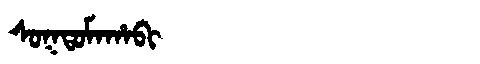
Manchu: ᠰᠣᡴᡨᠣᠮᠠᡥᠠᠪᡳ
Romanization: SOKTOMAHABI